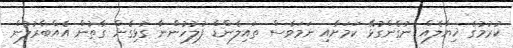
ކުރުމުގެ ޚިޔާލެއް ނުގެންގުޅޭ ކަމަށާއި ނަމަވެސް ތައިލެންޑް ފުލުހުންނާ ގުޅިގެން ގާތުން އެއްބާރުލުން